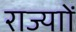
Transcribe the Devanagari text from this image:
राज्याों